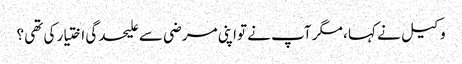
وکیل نے کہا ، مگر آپ نے تواپنی مرضی سے علیحدگی اختیار کی تھی ؟